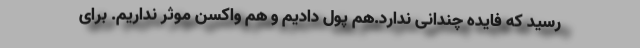
رسید که فایده چندانی ندارد.هم پول دادیم و هم واکسن موثر نداریم. برای